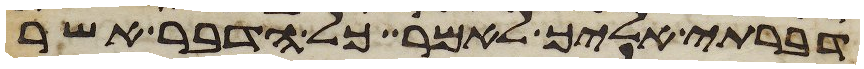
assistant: דברתי אליך לאמר כל הדבר אשר